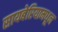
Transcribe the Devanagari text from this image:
सायबेरियामधून